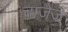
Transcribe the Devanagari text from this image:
चाजेर्ज